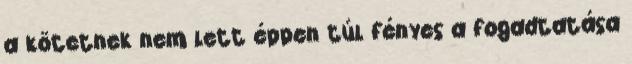
a kötetnek nem lett éppen túl fényes a fogadtatása